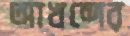
আখন্দের